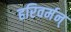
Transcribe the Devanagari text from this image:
हरिवर्मन्‌